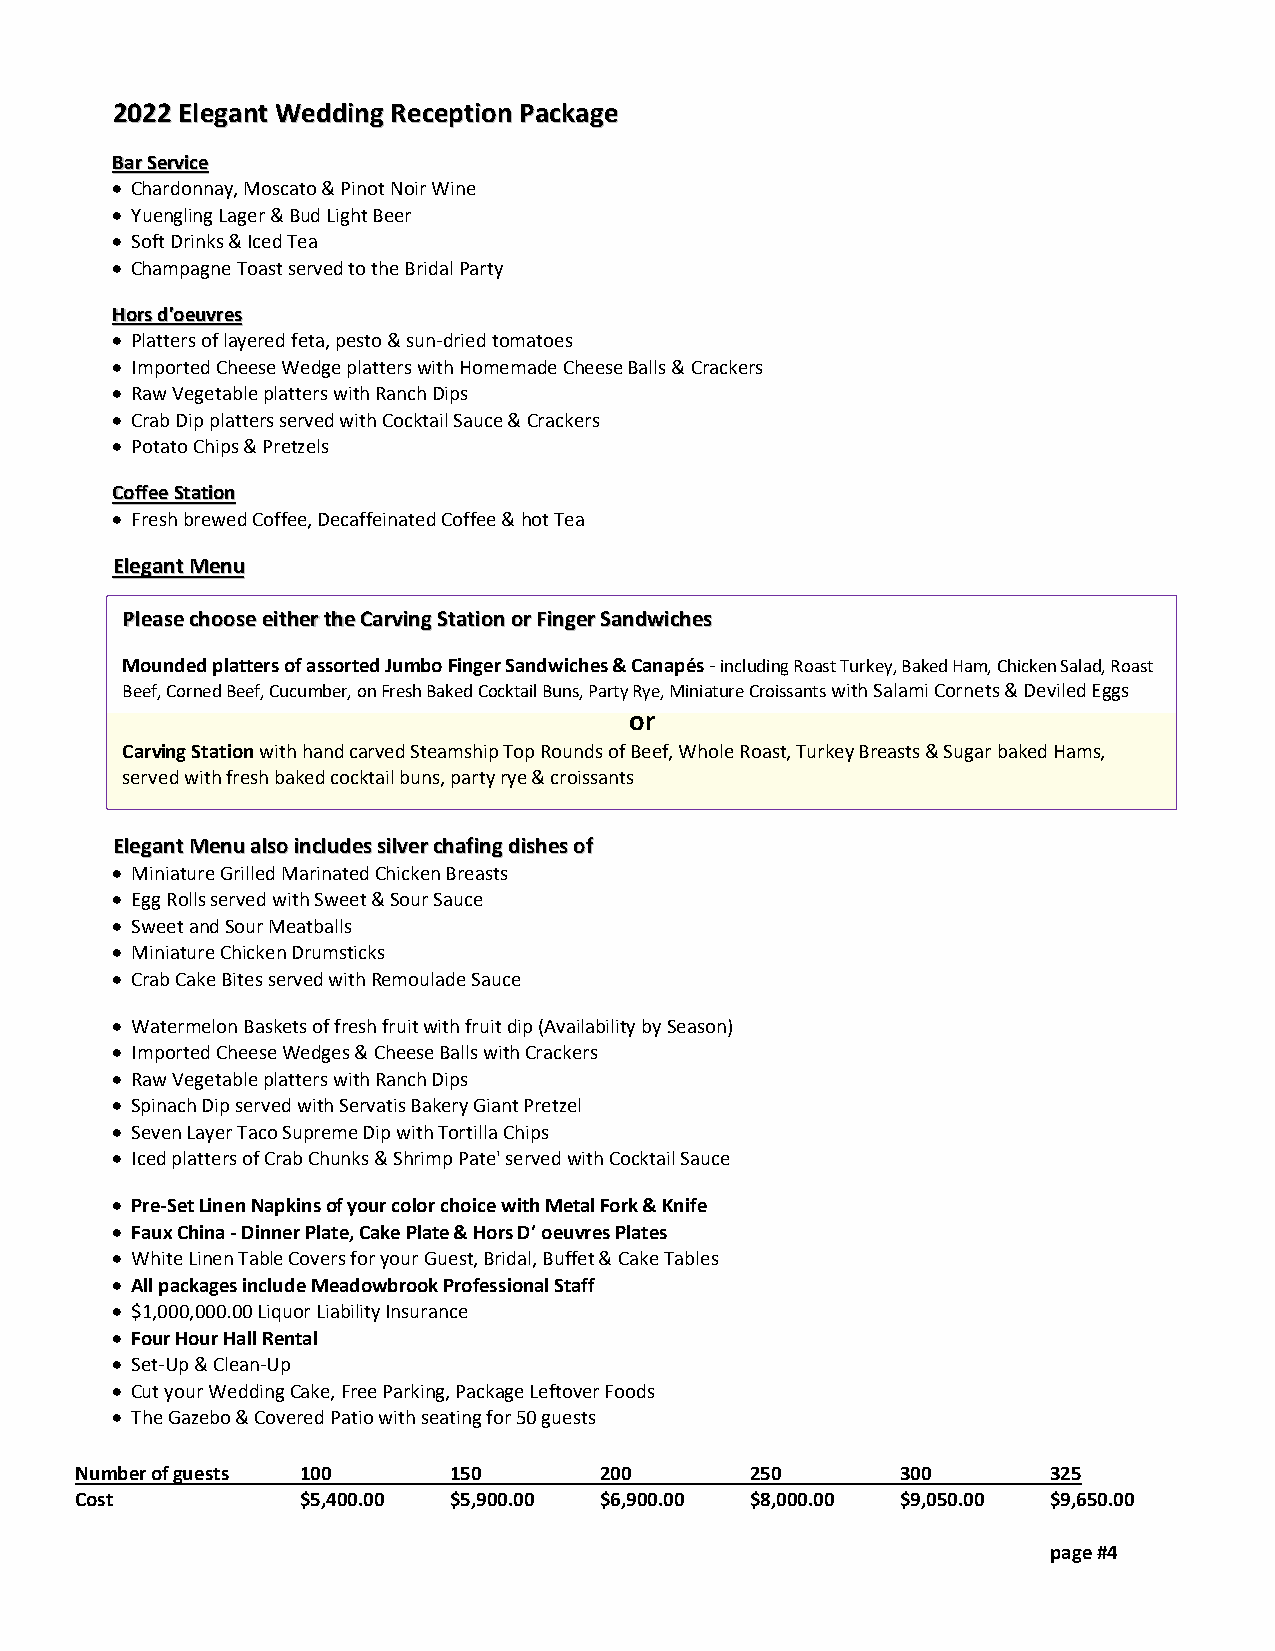
22002222 EElleeggaanntt WWeeddddiinngg RReecceeppttiioonn PPaacckkaaggee
 BBaarr SSeerrvviiccee
 • Chardonnay, Moscato & Pinot Noir Wine
 • Yuengling Lager & Bud Light Beer
 • Soft Drinks & Iced Tea
 • Champagne Toast served to the Bridal Party
 HHoorrss dd''ooeeuuvvrreess
 • Platters of layered feta, pesto & sun-dried tomatoes
 • Imported Cheese Wedge platters with Homemade Cheese Balls & Crackers
 • Raw Vegetable platters with Ranch Dips
 • Crab Dip platters served with Cocktail Sauce & Crackers
 • Potato Chips & Pretzels
 CCooffffeeee SSttaattiioonn
 • Fresh brewed Coffee, Decaffeinated Coffee & hot Tea
 EElleeggaanntt MMeennuu
 PPlleeaassee cchhoooossee eeiitthheerr tthhee CCaarrvviinngg SSttaattiioonn oorr FFiinnggeerr SSaannddwwiicchheess
 Mounded platters of assorted Jumbo Finger Sandwiches & Canapés - including Roast Turkey, Baked Ham, Chicken Salad, Roast
 Beef, Corned Beef, Cucumber, on Fresh Baked Cocktail Buns, Party Rye, Miniature Croissants with Salami Cornets & Deviled Eggs
 or
 Carving Station with hand carved Steamship Top Rounds of Beef, Whole Roast, Turkey Breasts & Sugar baked Hams,
 served with fresh baked cocktail buns, party rye & croissants
 EElleeggaanntt MMeennuu aallssoo iinncclluuddeess ssiillvveerr cchhaaffiinngg ddiisshheess ooff
 • Miniature Grilled Marinated Chicken Breasts
 • Egg Rolls served with Sweet & Sour Sauce
 • Sweet and Sour Meatballs
 • Miniature Chicken Drumsticks
 • Crab Cake Bites served with Remoulade Sauce
 • Watermelon Baskets of fresh fruit with fruit dip (Availability by Season)
 • Imported Cheese Wedges & Cheese Balls with Crackers
 • Raw Vegetable platters with Ranch Dips
 • Spinach Dip served with Servatis Bakery Giant Pretzel
 • Seven Layer Taco Supreme Dip with Tortilla Chips
 • Iced platters of Crab Chunks & Shrimp Pate' served with Cocktail Sauce
 • Pre-Set Linen Napkins of your color choice with Metal Fork & Knife
 • Faux China - Dinner Plate, Cake Plate & Hors D’ oeuvres Plates
 • White Linen Table Covers for your Guest, Bridal, Buffet & Cake Tables
 • All packages include Meadowbrook Professional Staff
 • $1,000,000.00 Liquor Liability Insurance
 • Four Hour Hall Rental
 • Set-Up & Clean-Up
 • Cut your Wedding Cake, Free Parking, Package Leftover Foods
 • The Gazebo & Covered Patio with seating for 50 guests
 Number of guests 100     150       200       250       300       325
 Cost           $5,400.00 $5,900.00 $6,900.00 $8,000.00 $9,050.00 $9,650.00
 page #4